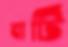
বাটি